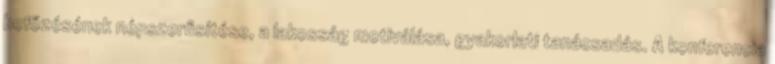
befőzésének népszerűsítése, a lakosság motiválása, gyakorlati tanácsadás. A konferencia